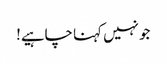
جو نہیں کہنا چاہیے!